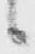
候